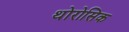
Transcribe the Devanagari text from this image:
थोरोसिक